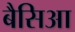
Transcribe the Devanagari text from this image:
बैसिआ